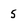
Character: 5